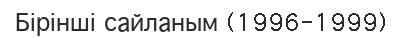
Бірінші сайланым (1996-1999)